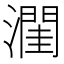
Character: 𪷭